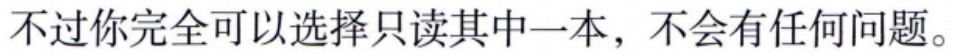
不过你完全可以选择只读其中一本，不会有任何问题。